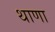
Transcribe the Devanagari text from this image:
थाणा